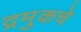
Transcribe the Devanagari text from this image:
द्रमुकचे